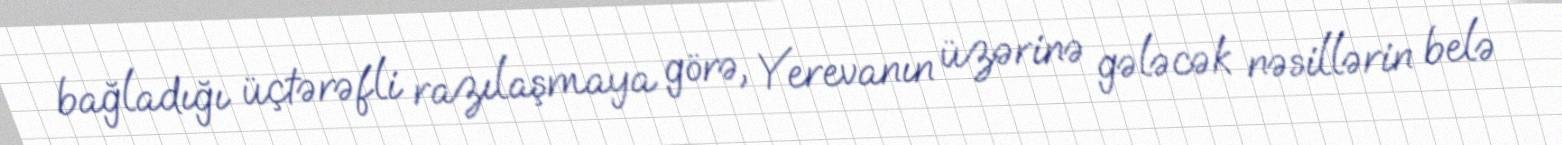
bağladığı üçtərəfli razılaşmaya görə, Yerevanın üzərinə gələcək nəsillərin belə